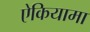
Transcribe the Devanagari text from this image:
ऐकियामा